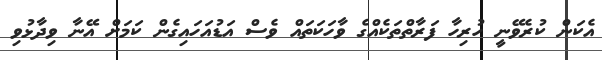
އެކަން ކުރެވޭނީ ހުރިހާ ފަރާތްތަކެއްގެ ވާހަކަތައް ވެސް އަޑުއަހައިގެން ކަމަށް އޭނާ ވިދާޅުވި